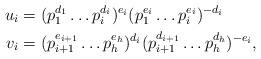
LaTeX: \begin{align*}u_i &= (p_1^{d_1} \ldots p_i^{d_i})^{e_i} (p_1^{e_i}\ldots p_i^{e_i})^{-d_i} \\ v_i &= (p_{i+1}^{e_{i+1}} \ldots p_h^{e_h})^{d_i} (p_{i+1}^{d_{i+1}} \ldots p_h^{d_h})^{-e_i},\end{align*}